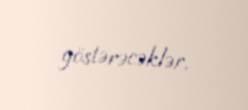
göstərəcəklər.